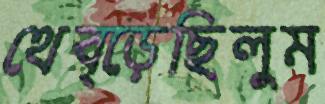
থেব্‌ড়েছিলুম